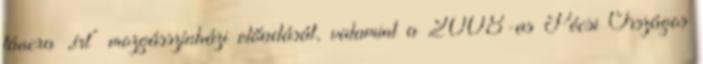
táncra „írt” mozgásszínházi előadását, valamint a 2008-as Pécsi Országos